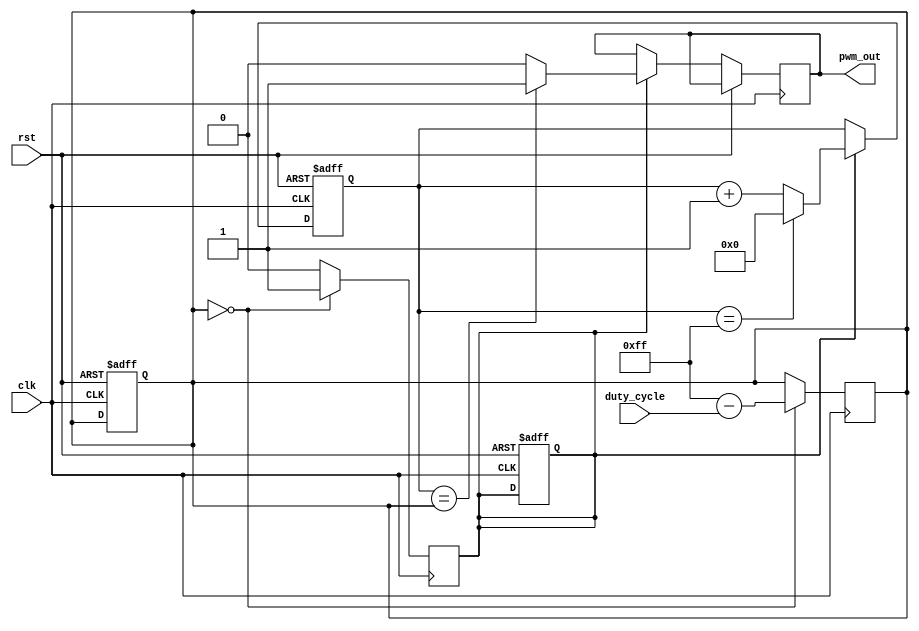
module pwm_timer (
    input wire clk,
    input wire rst,
    input wire [7:0] duty_cycle,
    output reg pwm_out
);

reg [7:0] counter;
reg [7:0] divisor;
reg sync;

always @(posedge clk or posedge rst) begin
    if (rst) begin
        counter <= 8'b0;
        divisor <= 8'b0;
        sync <= 1'b0;
    end else begin
        if (sync) begin
            if (counter == divisor) begin
                pwm_out <= 1'b1;
            end else begin
                pwm_out <= 1'b0;
            end
            
            if (counter == 255) begin
                counter <= 8'b0;
            end else begin
                counter <= counter + 1;
            end
        end
    end
end

always @(posedge clk) begin
    if (divisor == 0) begin
        divisor <= 255 - duty_cycle;
        sync <= 1'b1;
    end else begin
        sync <= 1'b0;
    end
end

endmodule